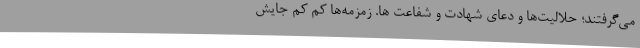
می‌گرفتند؛ حلالیت‌ها و دعای شهادت و شفاعت ها. زمزمه‌ها کم کم جایش